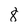
Character: 8